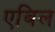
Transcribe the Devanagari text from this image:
एबिल